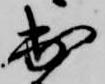
出